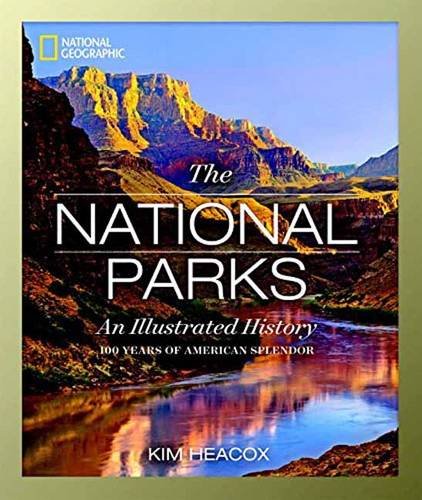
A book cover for National Geographic The National Parks: An Illustrated History; Kim Heacox; Arts & Photography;